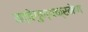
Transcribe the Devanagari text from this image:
तद्वेगुण्यक्रमेण